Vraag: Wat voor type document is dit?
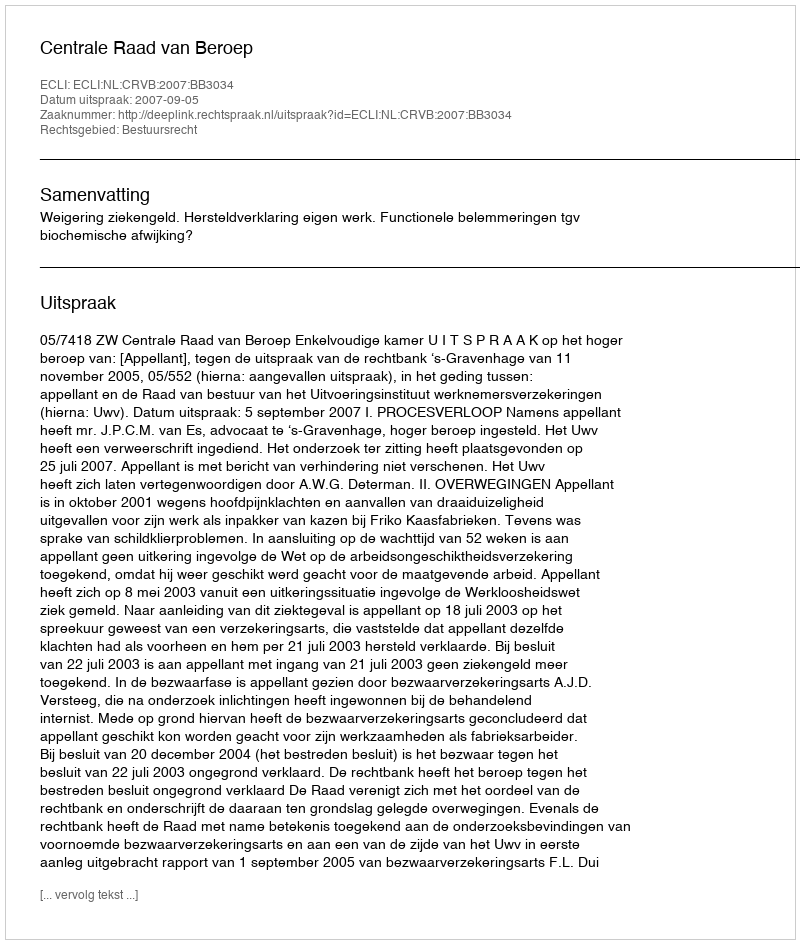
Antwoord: Uitspraak